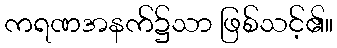
ကရဏအနက်၌သာ ဖြစ်သင့်၏။